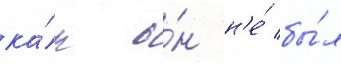
ка́к о́н н'е́ бы́л